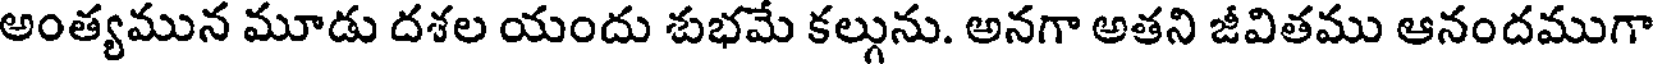
అంత్యమున మూడు దశల యందు శుభమే కల్గును. అనగా అతని జీవితము ఆనందముగా